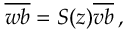
\overline { { w b } } = { \cal S } ( z ) \overline { { v b } } \, ,